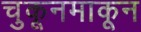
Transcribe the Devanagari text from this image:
चुकूनमाकून